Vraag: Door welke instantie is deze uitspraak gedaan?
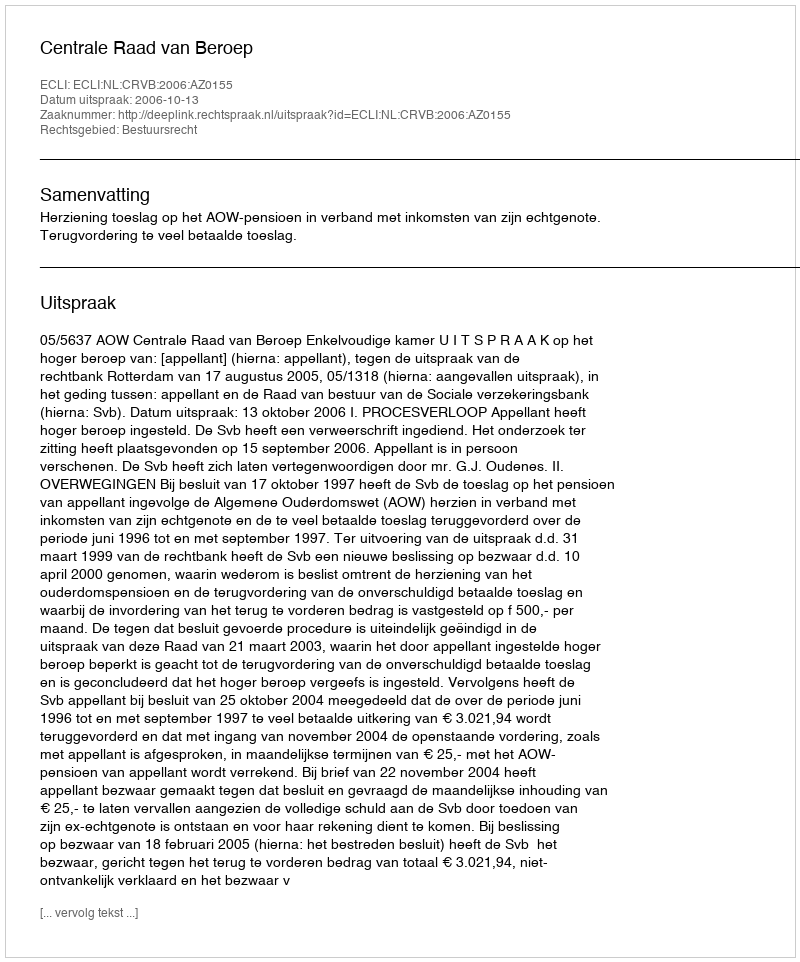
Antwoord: Centrale Raad van Beroep